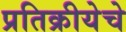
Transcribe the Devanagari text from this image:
प्रतिक्रीयेचे